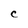
Character: C